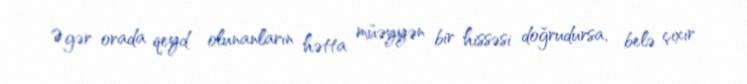
Əgər orada qeyd olunanların hətta müəyyən bir hissəsi doğrudursa, belə çıxır